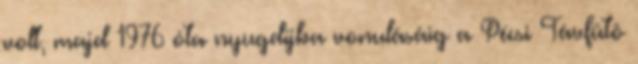
volt, majd 1976 óta nyugdíjba vonulásáig a Pécsi Távfûtô